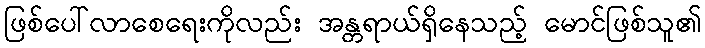
ဖြစ်ပေါ်လာစေရေးကိုလည်း အန္တရာယ်ရှိနေသည့် မောင်ဖြစ်သူ၏